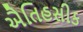
ઐતિહસીક